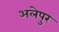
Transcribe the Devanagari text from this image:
अलेपुर